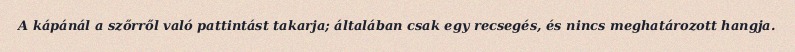
A kápánál a szőrről való pattintást takarja; általában csak egy recsegés, és nincs meghatározott hangja.